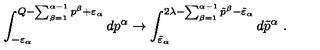
\int _ { - \varepsilon _ { \alpha } } ^ { Q - \sum _ { \beta = 1 } ^ { \alpha - 1 } p ^ { \beta } + \varepsilon _ { \alpha } } d p ^ { \alpha } \to \int _ { \tilde { \varepsilon } _ { \alpha } } ^ { 2 \lambda - \sum _ { \beta = 1 } ^ { \alpha - 1 } \tilde { p } ^ { \beta } - \tilde { \varepsilon } _ { \alpha } } d \tilde { p } ^ { \alpha } \ .